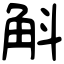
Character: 斛